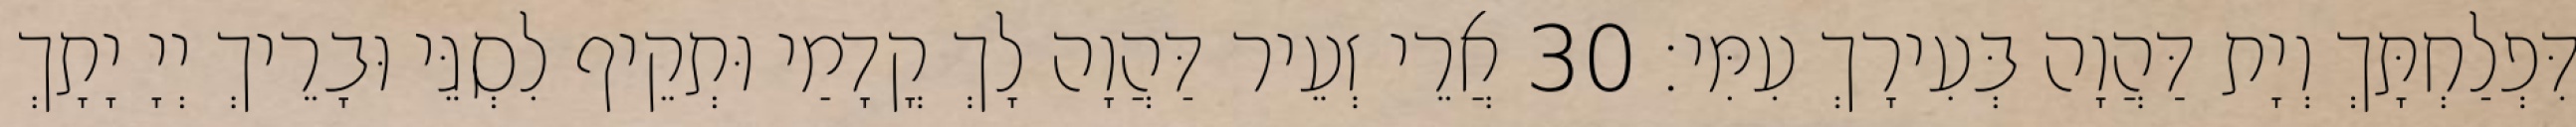
דִּפְלַחְתָּךְ וְיָת דַּהֲוָה בְּעִירָךְ עִמִּי׃ 30 אֲרֵי זְעֵיר דַּהֲוָה לָךְ קֳדָמַי וּתְקֵיף לִסְגֵּי וּבָרֵיךְ יְיָ יָתָךְ